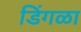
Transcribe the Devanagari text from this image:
डिंगळा